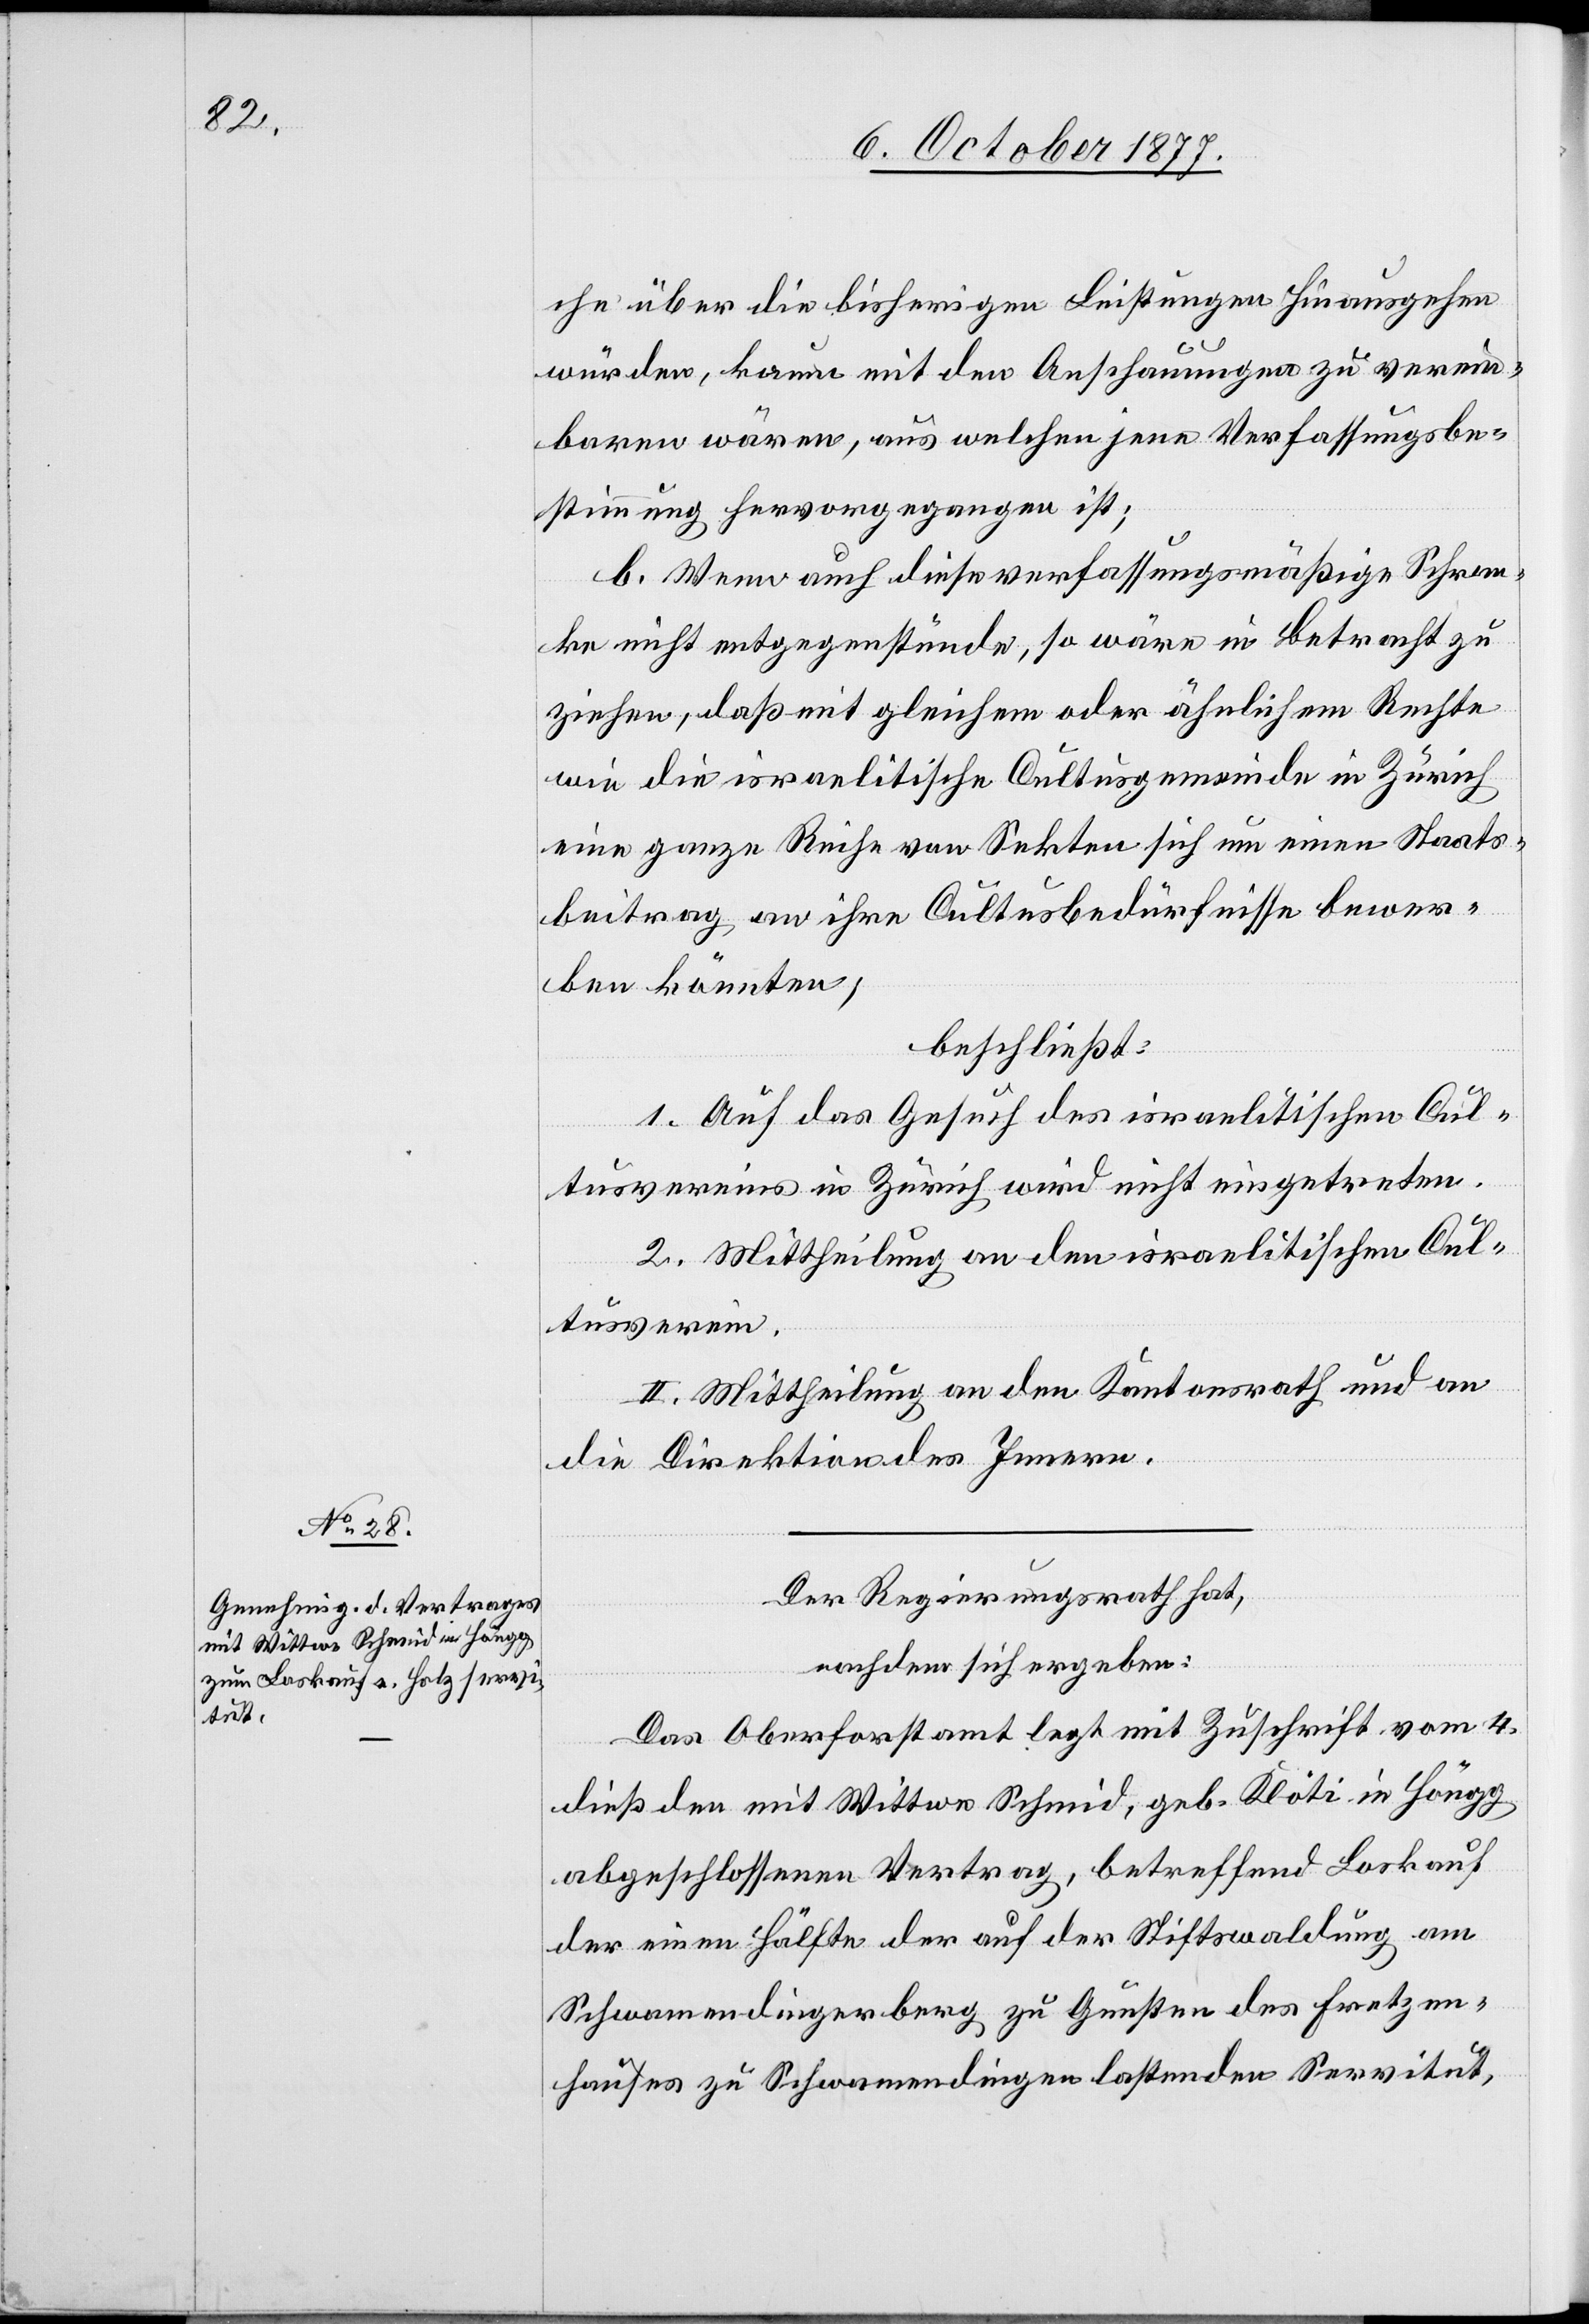
che über die bisherigen Leistungen hinausgehen
würden, kaum mit den Anschauungen zu verein¬
baren wären, aus welchen jene Verfassungsbe¬
stimmung hervorgegangen ist;
b. Wenn auch diese verfassungsmäßige Schran¬
ke nicht entgegenstünde, so wäre in Betracht zu
ziehen, daß mit gleichem oder ähnlichem Rechte
wie die israelitische Cultusgemeinde in Zürich
eine ganze Reihe von Sekten sich um einen Staats¬
beitrag an ihre Cultusbedürfnisse bewer¬
ben könnten;
beschließt:
1. Auf das Gesuch des israelitischen Cul¬
tusvereins in Zürich wird nicht eingetreten.
2. Mittheilung an den israelitischen Cul¬
tusverein.
II. Mittheilung an den Kantonsrath und an
die Direktion des Innern.
Der Regierungsrath hat,
nachdem sich ergeben:
Das Oberforstamt legt mit Zuschrift vom 4.
dieß den mit Wittwe Schmid, geb. Klöti in Höngg
abgeschlossenen Vertrag, betreffend Loskauf
der einen Hälfte der auf der Stiftswaldung am
Schwamendingerberg zu Gunsten des Fretzen¬
hauses zu Schwamendingen lastenden Servitut,